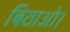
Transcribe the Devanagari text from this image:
बिठाओ।